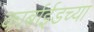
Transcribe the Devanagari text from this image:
कार्बाईडच्या